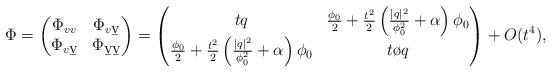
LaTeX: \begin{align*}\Phi=\left(\begin{matrix}{} \Phi_{vv} & \Phi_{v\b{v}}\\ \Phi_{v\b{v}} & \Phi_{\b{v}\b{v}}\end{matrix}\right)=\left(\begin{matrix}{} tq & \frac{\phi_0}{2}+\frac{t^2}{2}\left(\frac{|q|^2}{\phi^2_0}+\alpha\right)\phi_0\\ \frac{\phi_0}{2}+\frac{t^2}{2}\left(\frac{|q|^2}{\phi^2_0}+\alpha\right)\phi_0 & t\o{q} \end{matrix}\right)+O(t^4),\end{align*}